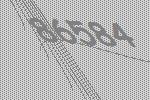
86584